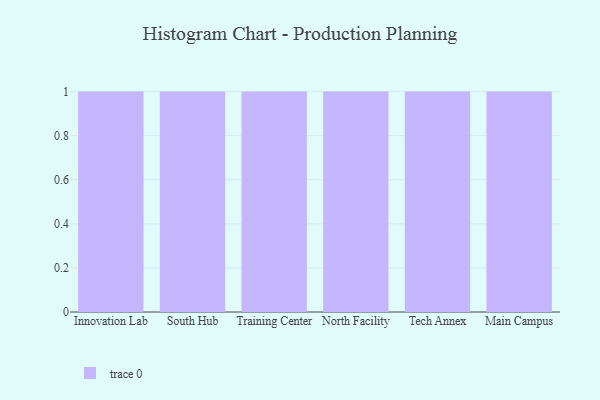
{"axis": {"x": "Campus", "y": "Satisfaction Score"}, "legend": [""], "data": [{"x": "Innovation Lab", "y": 40, "type": ""}, {"x": "South Hub", "y": 60, "type": ""}, {"x": "Training Center", "y": 64, "type": ""}, {"x": "North Facility", "y": 88, "type": ""}, {"x": "Tech Annex", "y": 70, "type": ""}, {"x": "Main Campus", "y": 52, "type": ""}]}